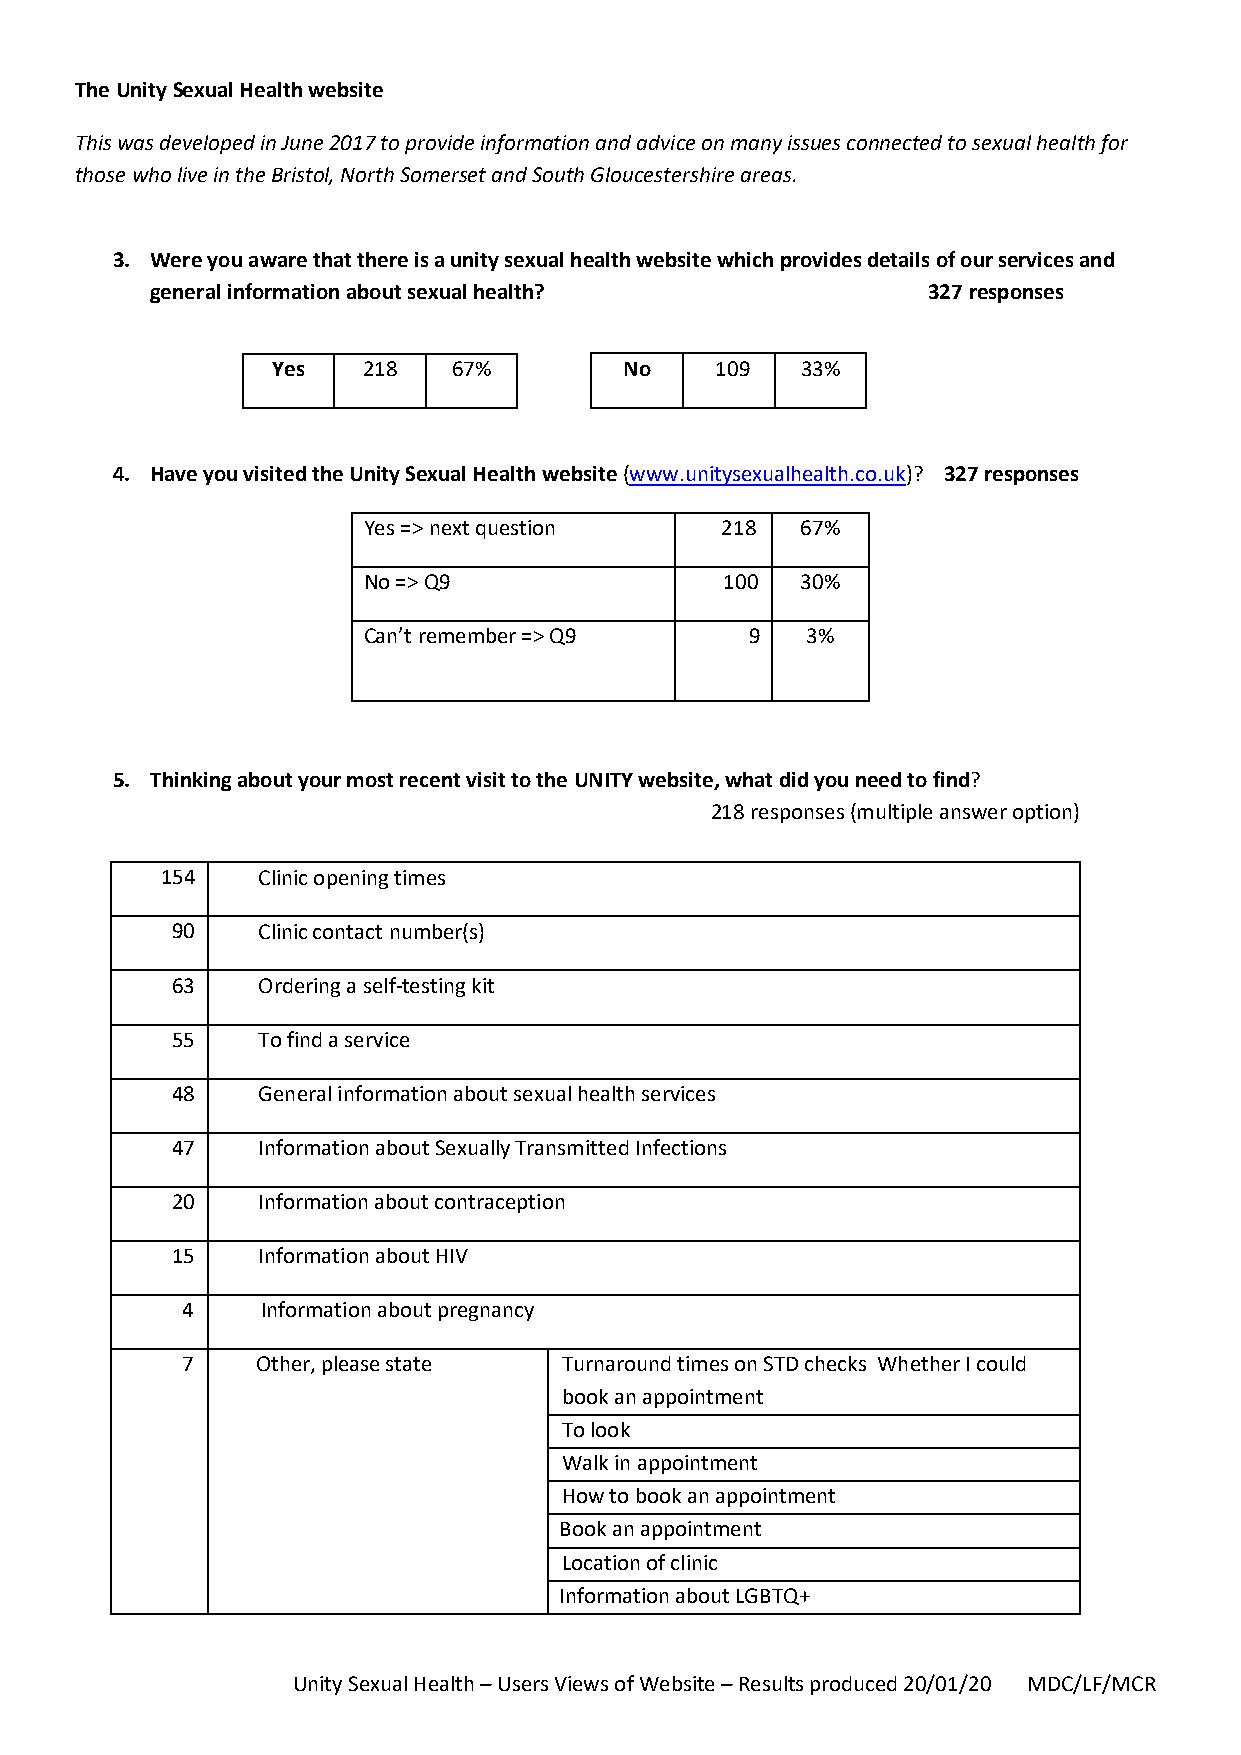
The Unity Sexual Health website
 This was developed in June 2017 to provide information and advice on many issues connected to sexual health for
 those who live in the Bristol, North Somerset and South Gloucestershire areas.
 3. Were you aware that there is a unity sexual health website which provides details of our services and
 general information about sexual health?           327 responses
 Yes   218   67%        No    109   33%
 4. Have you visited the Unity Sexual Health website (www.unitysexualhealth.co.uk)? 327 responses
 Yes => next question    218  67%
 No => Q9                100  30%
 Can’t remember => Q9      9  3%
 5. Thinking about your most recent visit to the UNITY website, what did you need to find?
 218 responses (multiple answer option)
 154   Clinic opening times
 90    Clinic contact number(s)
 63    Ordering a self-testing kit
 55    To find a service
 48    General information about sexual health services
 47    Information about Sexually Transmitted Infections
 20    Information about contraception
 15    Information about HIV
 4    Information about pregnancy
 7    Other, please state Turnaround times on STD checks Whether I could
 book an appointment
 To look
 Walk in appointment
 How to book an appointment
 Book an appointment
 Location of clinic
 Information about LGBTQ+
 Unity Sexual Health – Users Views of Website – Results produced 20/01/20 MDC/LF/MCR